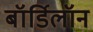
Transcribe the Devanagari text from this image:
बॉर्डिलॉन